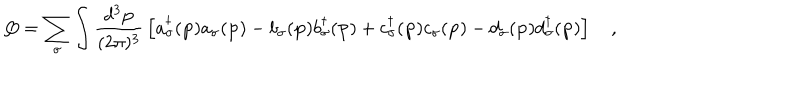
Q = \sum _ { \sigma } \int \frac { d ^ { 3 } { \bf p } } { ( 2 \pi ) ^ { 3 } } \, \left[ a _ { \sigma } ^ { \dagger } ( { \bf p } ) a _ { \sigma } ( { \bf p } ) - b _ { \sigma } ( { \bf p } ) b _ { \sigma } ^ { \dagger } ( { \bf p } ) + c _ { \sigma } ^ { \dagger } ( { \bf p } ) c _ { \sigma } ( { \bf p } ) - d _ { \sigma } ( { \bf p } ) d _ { \sigma } ^ { \dagger } ( { \bf p } ) \right] \quad ,